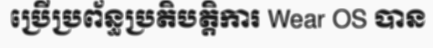
ប្រើប្រព័ន្ធប្រតិបត្តិការ Wear OS បាន